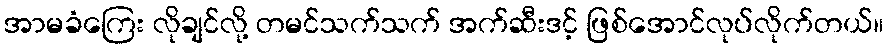
အာမခံကြေး လိုချင်လို့ တမင်သက်သက် အက်ဆီးဒင့် ဖြစ်အောင်လုပ်လိုက်တယ်။